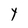
Character: Y